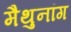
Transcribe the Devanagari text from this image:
मैथुनांग